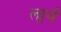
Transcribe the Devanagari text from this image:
लार्र्य